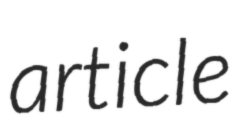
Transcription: article